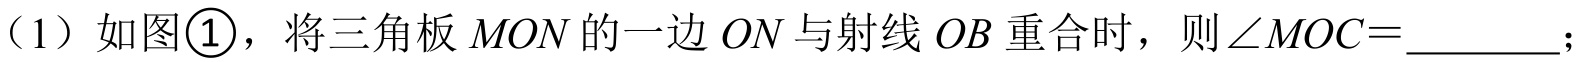
（1）如图\textcircled{1}，将三角板\(MON\)的一边\(ON\)与射线\(OB\)重合时，则\(\angle MOC = \_\_\_\_\_\)；